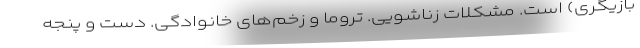
بازیگری) است. مشکلات زناشویی. تروما و زخم‌های خانوادگی. دست و پنجه